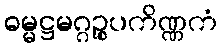
ဓမ္မဋ္ဌမဂ္ဂဉ္စပကိဏ္ဏကံ